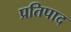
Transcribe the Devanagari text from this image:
प्रतिपाद